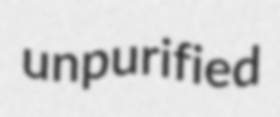
unpurified